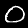
Digit: 0